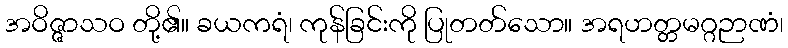
အဝိဇ္ဇာသဝ တို့၏။ ခယကရံ၊ ကုန်ခြင်းကို ပြုတတ်သော။ အရဟတ္တမဂ္ဂဉာဏံ၊